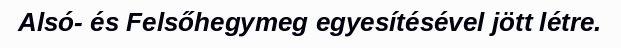
Alsó- és Felsőhegymeg egyesítésével jött létre.